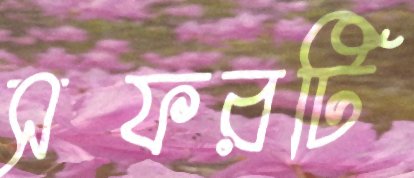
সফরটি